King Institute of Preventive Medicine Micro-Biological Section reports 1909-11
Year: 1909
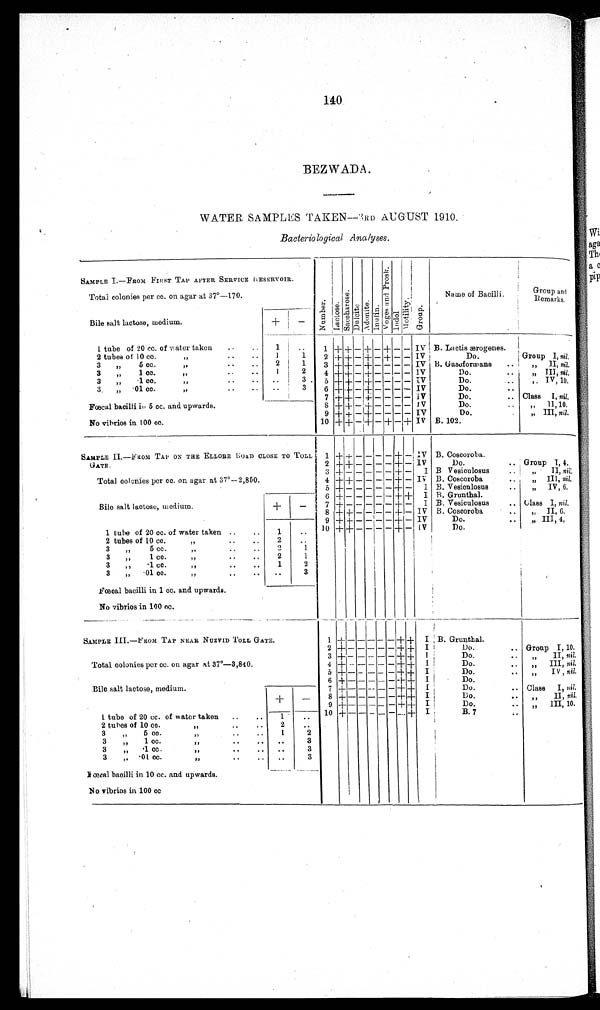
140.
BEZWADA.
WATER SAMPLES TAKEN—3RD AUGUST 1910.
Bacteriological Analyses.
SAMPLE I.—FROM FIRST TAP AFTER SERVICE RESERVOIR.
Number
L a c t o s e
Sacchar oseDulciteAdoni t eInulin V o g e s a n d P r o s k IndolMotilityGroup
Name of Bacilli.
Group a
nd Remarks.
Total colonies per cc. on agar at 37°—170.
Bile salt lactose, medium.
+
−
1 tube of 20 cc. of water taken.
1
1 + + − + − + − −
I V B. Lactic ærogenes.
2 tubes of 10 cc.
1
1
2
+
+ − + − + − − IV
Do.
Group I, nil.
3 „ 5 cc.
2
1
3
+
+ − + − − − − IV B. Gasoformans
„ II, nil.
3 „ 1 cc.
1
2
4
+ +
−
+
− − − − IV
Do.
„ III, nil.
3 „ ·1 cc.
3
5 + + −
+
− − − − IV
Do.
„ IV, 10.
3 „ ·01 cc.
3
6 + + −
+
− − − − IV
Do.
Fœcal bacilli in 5 cc. and upwards.
7
+ +
−
+
− − − − IV
Do.
Class I, nil.
8 + + −
+
− − − − IV
Do.
„ II, 10.
9 + + −
+
− − − − IV
Do.
„ III, nil.
No vibrios in 100 cc.
10 + + −
+
− + − + IV B. 102.
SAMPLE II.—FROM TAP ON THE ELLORE ROAD CLOSE TO TOL
L GATE.
1
+ +
− − − − + − IV B. Coscoroba.
2
+
+ − − − − + − IV
Do.
Group I, 4.
3
+
− − − − − + −
I B Vesiculosus
„ II, nil.
Total colonies per cc. on agar at 37°—2,850.
4
+ +
− − − − + − IV B. Coscoroba.
„ III, nil.
5 + − − − − − + −
I B. Vesiculosus.
„ IV, 6.
6 +
− − − − − + + I B. Grunthal.
Bile salt lactose, medium.
+
−
7 + − − − − − + −
I B. Vesiculosus. Class I, nil.
8 + + − − − − + − IV B. Coscoroba.
„ II, 6.
9 + + − − − − + − IV
Do.
,, III, 4.
1 tube of 20 cc. of water taken.
1
10 + + − − − − + − IV
Do.
2 tubes of 10 cc.
2
3 „ 5 cc.
2
1
3 ,, 1 cc.
2
1
3 „ ·1 cc.
1
2
3 „··01 cc.
3
Fœcal bacilli in 1 cc. and upwards.
No vibrios in 100 cc.
SAMPLE III.—FROM TAP NEAR NUZVID TOLL GATE.
1
+
− − − −
−
+ + I B. Grunthal.
2 + − − − − − + + I
Do.
Group I, 10.
3
+
− − − − − + +
I
Do.
„ II, nil.
Total colonies per cc. on agar at 37°—3,840.
4
+
− − − − − +
+
I
Do.
„ III, nil.
5
+
− − − − −
+
+ I
Do.
,, IV,
nil
.
6 + − − − − − + +
I
Do.
Bile salt lactose, medium.
+
−
7 + − − − − −
+ +
I
Do.
Class I, nil.
8
+
− − − − −
+ +
I
Do.
,, II, nil.
9 + − − − − − + + I
Do.
„ III, 10.
1 tube of 20 cc. of water taken.
1
10 + − − − − − − + I
B. 7
2 tubes of 10 cc
2
3 „ 5 cc.
1
2
3 „ 1 cc.
3
3 „ ·1 cc.
3
3 „··01 cc.
3
Fœcal bacilli in 10 cc. and upwards.
No vibrios in 100 cc.